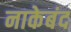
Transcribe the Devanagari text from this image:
नाकेबंद